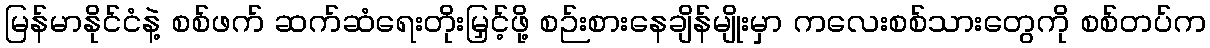
မြန်မာနိုင်ငံနဲ့ စစ်ဖက် ဆက်ဆံရေးတိုးမြှင့်ဖို့ စဉ်းစားနေချိန်မျိုးမှာ ကလေးစစ်သားတွေကို စစ်တပ်က